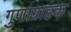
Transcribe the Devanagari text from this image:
गुणाग्राहक